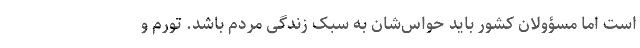
است اما مسؤولان کشور باید حواس‌شان به سبک زندگی مردم باشد. تورم و